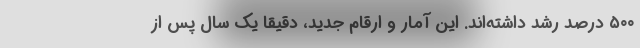
۵۰۰ درصد رشد داشته‌اند. این آمار و ارقام جدید، دقیقا یک سال پس از